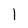
Character: 1